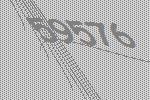
59576